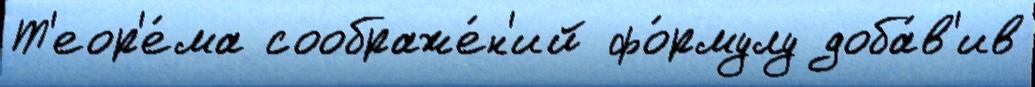
Т'еор'е́ма соображе́н'ий фо́рмулу доба́в'ив